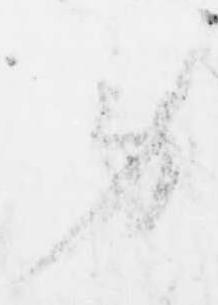
労